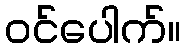
ဝင်ပေါက်။